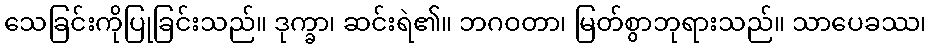
သေခြင်းကိုပြုခြင်းသည်။ ဒုက္ခာ၊ ဆင်းရဲ၏။ ဘဂဝတာ၊ မြတ်စွာဘုရားသည်။ သာပေခဿ၊